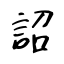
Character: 詔